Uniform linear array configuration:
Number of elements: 24
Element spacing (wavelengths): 0.5
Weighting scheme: binomial
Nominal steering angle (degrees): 45
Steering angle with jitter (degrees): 43.231
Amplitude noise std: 0.05
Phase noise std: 0.05

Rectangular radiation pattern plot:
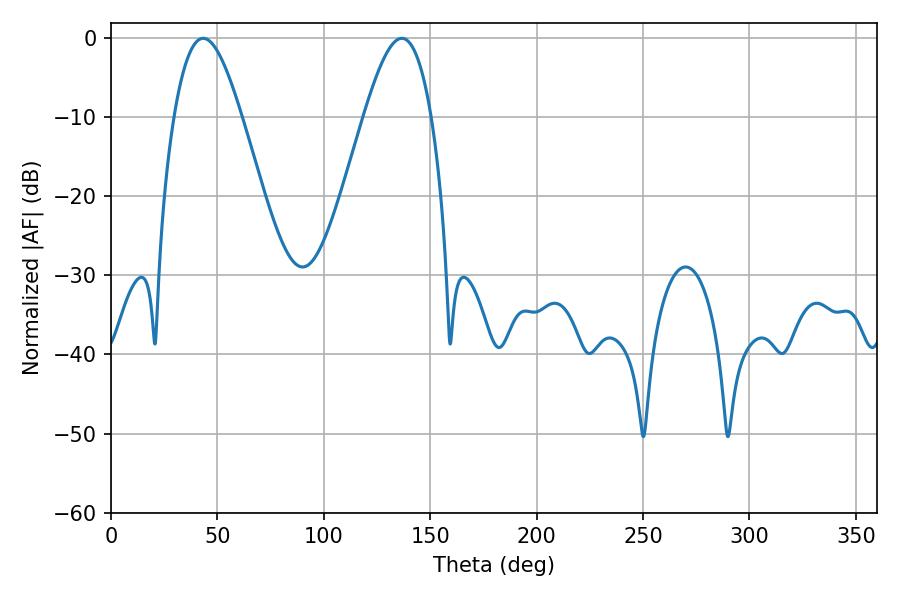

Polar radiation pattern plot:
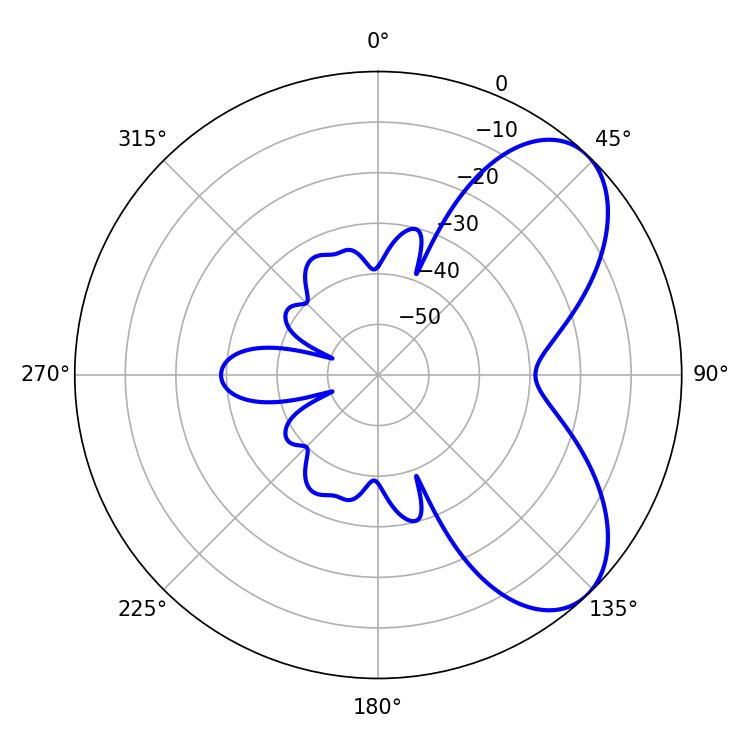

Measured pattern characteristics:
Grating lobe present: FALSE
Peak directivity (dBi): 6.437
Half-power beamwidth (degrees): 17.1
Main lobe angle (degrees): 43.38